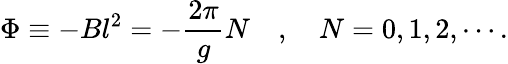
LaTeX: \Phi\equiv-Bl^{2}=-\frac{2\pi}{g}N\quad,\quad N=0,1,2,\cdots.